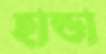
হান্ডা